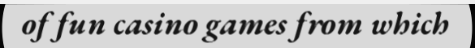
of fun casino games from which